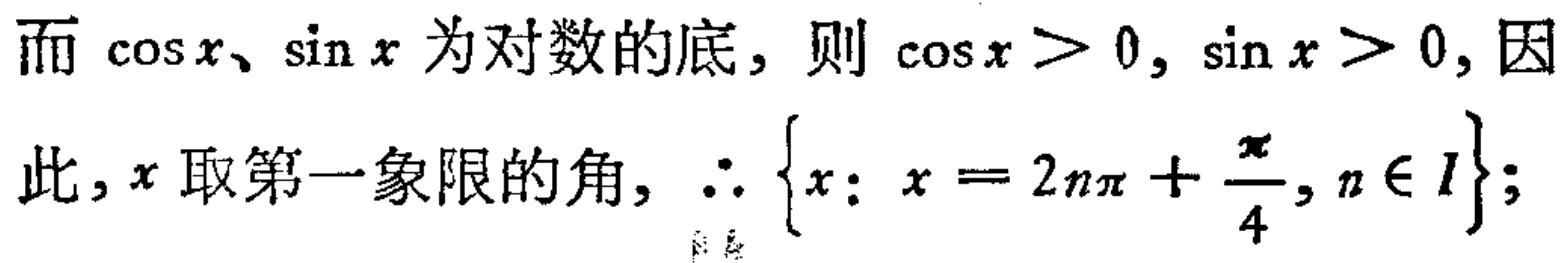
而\(\cos x、\sin x\)为对数的底，则\(\cos x > 0, \sin x > 0\)，因此，\(x\)取第一象限的角，\(\therefore \{x: x = 2n\pi+\frac{\pi}{4}, n\in I\}\)；